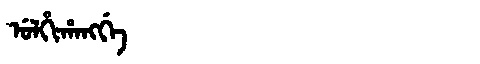
Manchu: ᡠᠯᡥᡳᡥᠠᠩᡤᡝ
Romanization: ULHIHANGGE